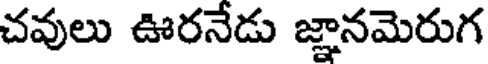
చవులు ఊరనేడు జ్ఞానమెరుగ